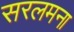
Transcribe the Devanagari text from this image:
सरलमना